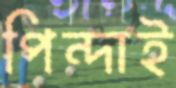
পিন্দাই